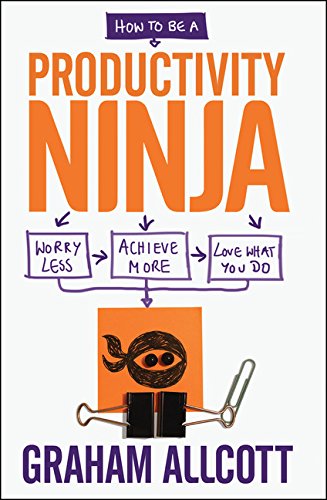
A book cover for How to be a Productivity Ninja: Worry Less, Achieve More and Love What You Do; Graham Allcott; Self-Help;